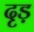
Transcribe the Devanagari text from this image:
दृड़